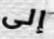
إلى